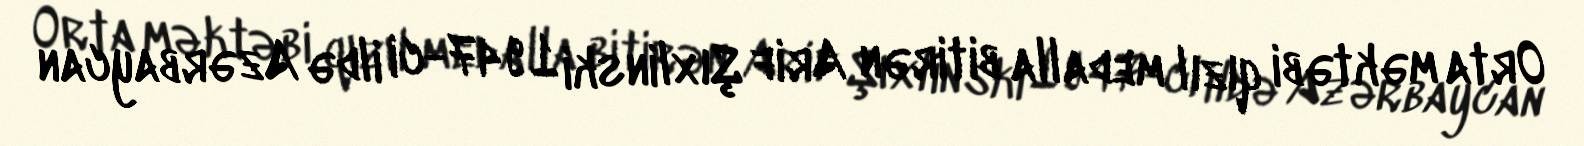
Orta məktəbi qızıl medalla bitirən Arif Şıxlinski 1947-ci ildə Azərbaycan